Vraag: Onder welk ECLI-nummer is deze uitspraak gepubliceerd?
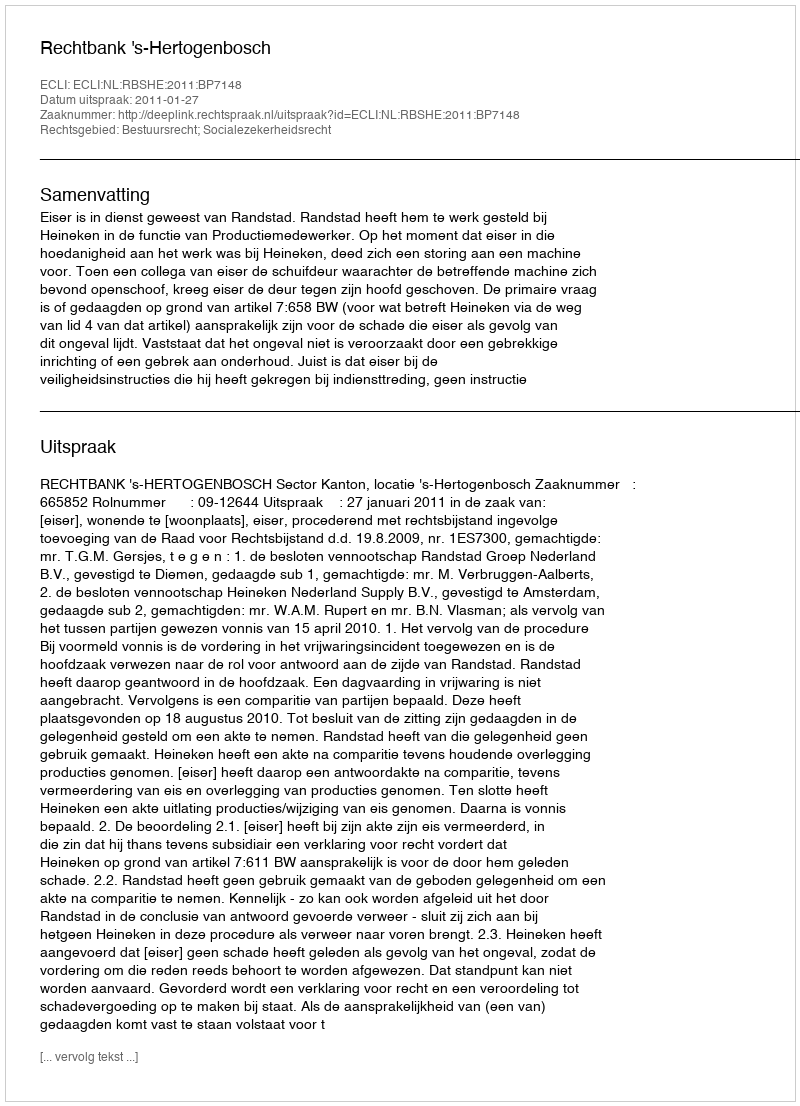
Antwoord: ECLI:NL:RBSHE:2011:BP7148